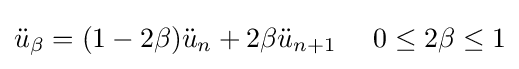
{\ddot {u}}_{\beta }=(1-2\beta ){\ddot {u}}_{n}+2\beta {\ddot {u}}_{n+1}~~~~0\leq 2\beta \leq 1